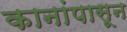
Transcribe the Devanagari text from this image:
कानांपासून